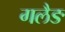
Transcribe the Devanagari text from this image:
गलैङ